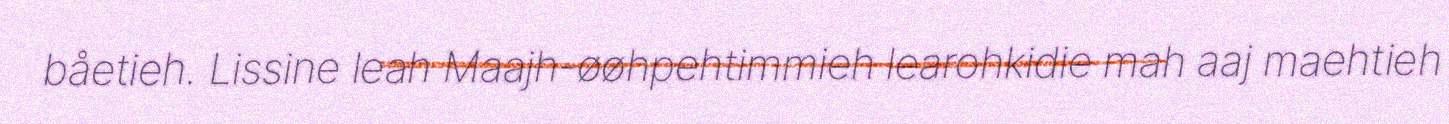
båetieh. Lissine leah Maajh-øøhpehtimmieh learohkidie mah aaj maehtieh